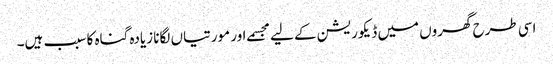
اسی طرح گھروں میں ڈیکوریشن کے لیے مجسمے اور مورتیاں لگانا زیادہ گناہ کا سبب ہیں۔